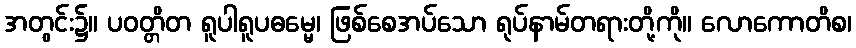
အတွင်း၌။ ပဝတ္တိတ ရူပါရူပဓမ္မေ၊ ဖြစ်စေအပ်သော ရုပ်နာမ်တရားတို့ကို။ လောကောတိစ၊